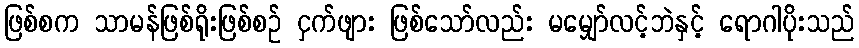
ဖြစ်စက သာမန်ဖြစ်ရိုးဖြစ်စဉ် ငှက်ဖျား ဖြစ်သော်လည်း မမျှော်လင့်ဘဲနှင့် ရောဂါပိုးသည်